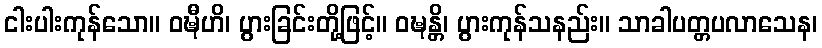
ငါးပါးကုန်သော။ ဝဍ္ဎီဟိ၊ ပွားခြင်းတို့ဖြင့်။ ဝဍ္ဎန္တိ၊ ပွားကုန်သနည်း။ သာခါပတ္တပလာသေန၊